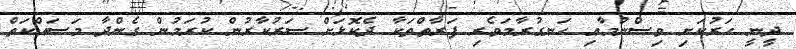
ދީނީ ހަރުކަށި ވިސްނުމާއި ހަނގުރާމަވެރި ފަރާތްތަކާ ދެކޮޅަށް ސަރުކާރުން ކުރަމުން ގެންދާ މަސައްކަތް